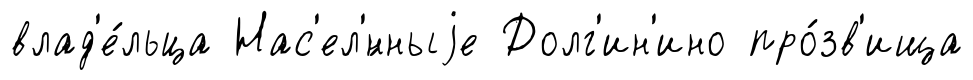
влад'е́льца Нас'ел'́нныjе Долг'ин'ино про́зв'ища